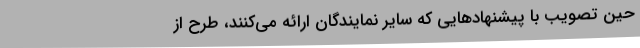
حین تصویب با پیشنهادهایی که سایر نمایندگان ارائه می‌کنند، ‌طرح از